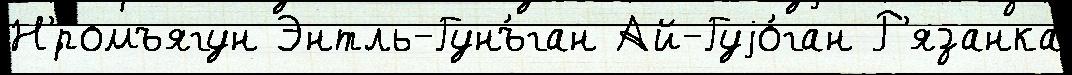
Н'́ромъягун Энтль-Гунъ́ган Ай-Гуjо́ган Р'язанка